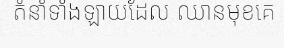
តំនាំទាំងឡាយដែល ឈានមុខគេ